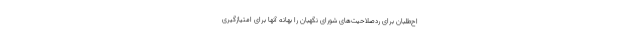
اح‌طلبان برای ردصلاحیت‌های شورای نگهبان را بهانه آنها برای امتیازگیری